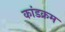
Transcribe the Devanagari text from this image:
कांडक्रम